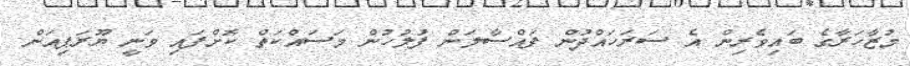
މުޒާހަރާގެ ބައިވެރިން އެ ސަރަހައްދުން ފައްސާލަން ފުލުހުން މަސައްކަތް ކޮށްފައި ވަނީ ޔޫރަޕިއަން